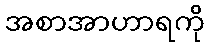
အစာအာဟာရကို